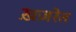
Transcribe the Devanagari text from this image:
ख़ज़रेत